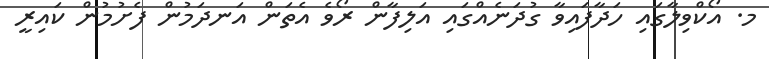
މ. އޯކްވިލާގައި ހަދާފައިވާ ގުދަނެއްގައި އަލިފާން ރޯވެ އެތަން އަނދަމުން ފެށުމުން ކައިރީ